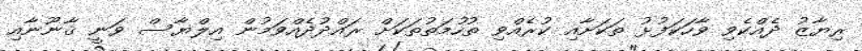
ރިޔާޒު ދެއްކެވި ވާހަކަފުޅު ތަކަށާއި ކުރެއްވި ތުހުމަތުތަކަށް ރައްދުދެއްވަމުން އިލްޔާސް ވަނީ ޤާނޫނާއި